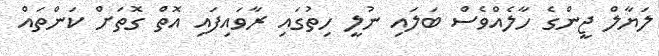
ލަޔާލް ޖީންގެ ހާލެއްވެސް ބަލައި ނުލީ ހިތުގައި ރާވައިފައި އޮތް ގޮތަށް ކަންތައް